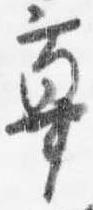
蓽